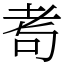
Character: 耉